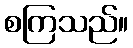
စကြသည်။